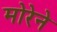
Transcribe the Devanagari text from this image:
मोरेने